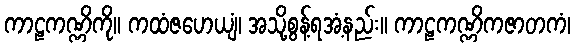
ကာဠကဏ္ဏိကို။ ကထံဇဟေယျံ၊ အသို့စွန့်ရအံ့နည်း။ ကာဠကဏ္ဏိကဇာတကံ၊